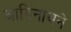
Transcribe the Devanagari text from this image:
आदिनाथने